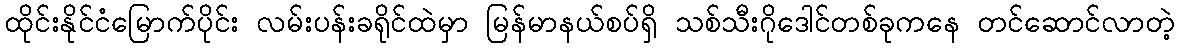
ထိုင်းနိုင်ငံမြောက်ပိုင်း လမ်းပန်းခရိုင်ထဲမှာ မြန်မာနယ်စပ်ရှိ သစ်သီးဂိုဒေါင်တစ်ခုကနေ တင်ဆောင်လာတဲ့